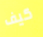
كيف